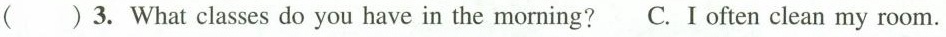
( )3.What classes do you have in the morning? C.I often clean my room.